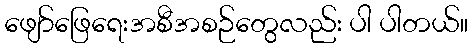
ဖျော်ဖြေရေးအစီအစဉ်တွေလည်း ပါ ပါတယ်။